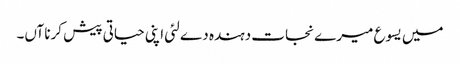
میں یسوع میرے نجات دہندہ دے لئی اپنی حیاتی پیش کرنا آں۔